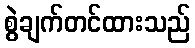
စွဲချက်တင်ထားသည်